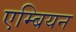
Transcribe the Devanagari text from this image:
एम्बियन